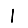
Digit: 1